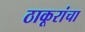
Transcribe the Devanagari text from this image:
ठाकूरांचा